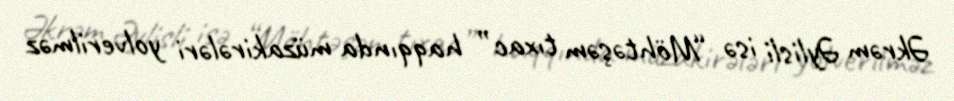
Əkrəm Əylisli isə “Möhtəşəm tıxac” haqqında müzakirələri yolverilməz